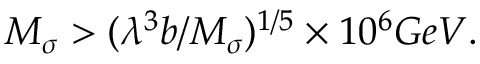
M _ { \sigma } > ( \lambda ^ { 3 } b / M _ { \sigma } ) ^ { 1 / 5 } \times 1 0 ^ { 6 } { G e V . }